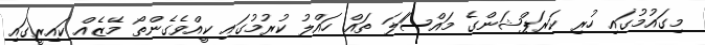
މިގައުމުގައި ހުރި ކަރަޕްޝަންގެ މައްސަަލަ ތައް ހައްލު ކުރުމުގައި ކީއްވެގެންތޯ މޭޒެއް ކައިރީގައި